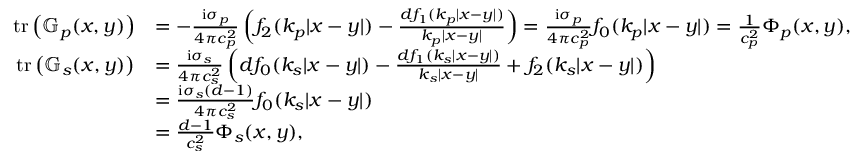
\begin{array} { r l } { \mathrm { t r } \left( \mathbb { G } _ { p } ( x , y ) \right) } & { = - \frac { \mathrm { i } \sigma _ { p } } { 4 \pi c _ { p } ^ { 2 } } \left( f _ { 2 } ( k _ { p } | x - y | ) - \frac { d f _ { 1 } ( k _ { p } | x - y | ) } { k _ { p } | x - y | } \right) = \frac { \mathrm { i } \sigma _ { p } } { 4 \pi c _ { p } ^ { 2 } } f _ { 0 } ( k _ { p } | x - y | ) = \frac { 1 } { c _ { p } ^ { 2 } } \Phi _ { p } ( x , y ) , } \\ { \mathrm { t r } \left( \mathbb { G } _ { s } ( x , y ) \right) } & { = \frac { \mathrm { i } \sigma _ { s } } { 4 \pi c _ { s } ^ { 2 } } \left( d f _ { 0 } ( k _ { s } | x - y | ) - \frac { d f _ { 1 } ( k _ { s } | x - y | ) } { k _ { s } | x - y | } + f _ { 2 } ( k _ { s } | x - y | ) \right) } \\ & { = \frac { \mathrm { i } \sigma _ { s } ( d - 1 ) } { 4 \pi c _ { s } ^ { 2 } } f _ { 0 } ( k _ { s } | x - y | ) } \\ & { = \frac { d - 1 } { c _ { s } ^ { 2 } } \Phi _ { s } ( x , y ) , } \end{array}